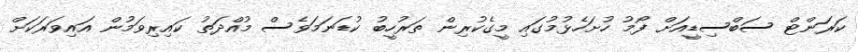
ކަރަންޓް ސަބްސިޑީއަށް ފޯމު ހުށަހެޅުމުގައި މީގެކުރިން ތަރުހީބު ކުޑަނަމަވެސް މުއްދަތު ކައިރިވަމުން އައިވަރަކަށް